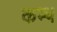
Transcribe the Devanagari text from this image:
कम्थ